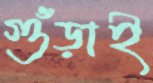
গুঁড়াই